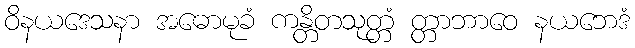
ဝိနယဒေသနာ အဓောမုခံ ကန္တိတသုတ္တံ တ္တာဘာဝေ နယဘေဒံ